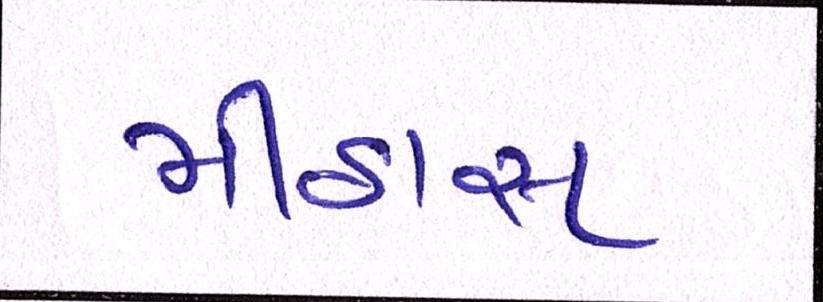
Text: મીઠાસ